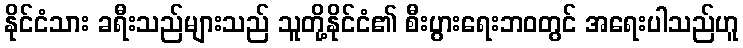
နိုင်ငံသား ခရီးသည်များသည် သူတို့နိုင်ငံ၏ စီးပွားရေးဘဝတွင် အရေးပါသည်ဟူ